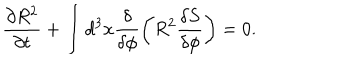
LaTeX: \frac { \partial R ^ { 2 } } { \partial t } + \int d ^ { 3 } x \frac { \delta } { \delta \phi } \left( R ^ { 2 } \frac { \delta S } { \delta \phi } \right) = 0 .